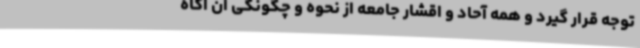
توجه قرار گیرد و همه آحاد و اقشار جامعه از نحوه و چگونگی آن آگاه